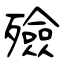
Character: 殮